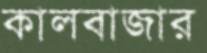
কালবাজার